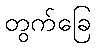
တွက်ခြေ